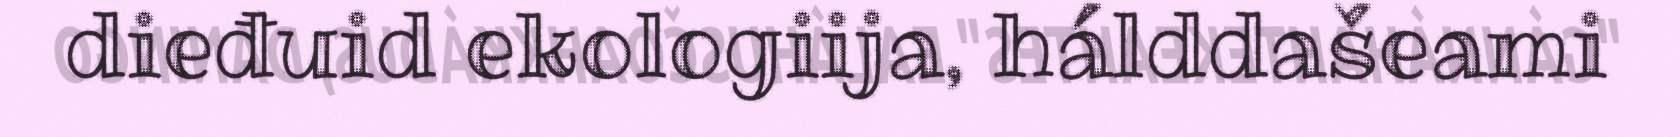
dieđuid ekologiija, hálddašeami